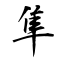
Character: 隼